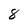
Character: 8